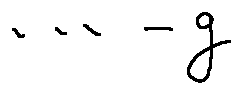
\cdots - g